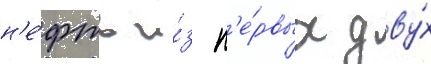
н'е́фть и́з п'е́рвых дву́х